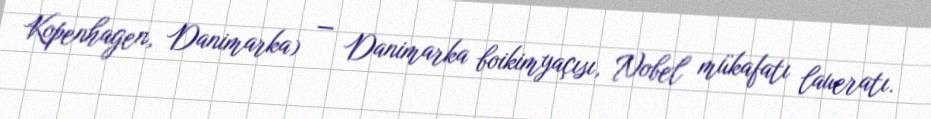
Kopenhagen, Danimarka) — Danimarka boikimyaçısı, Nobel mükafatı laueratı.